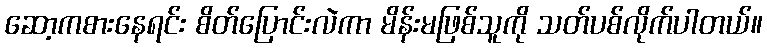
ဆော့ကစားနေရင်း စိတ်ပြောင်းလဲကာ မိန်းမဖြစ်သူကို သတ်ပစ်လိုက်ပါတယ်။